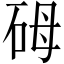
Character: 砪